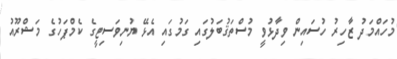
މުހައްމަދު ޒާހިރު ހުސައިން ވިދާޅުވީ މުސްތަޤުބަލުގައި ގަމުގައި އެޅޭ ޔުނިވަސިޓީގެ ކެމްޕަހުގެ މަޝްރޫއު